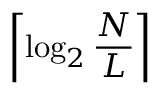
\left\lceil \log _ { 2 } \frac { N } { L } \right\rceil